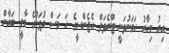
އިރު މިހާރު ހަމަނުވަނީ ޓްރެވަލް އެޖެންސީގެ ހަ މަސް ދުވަހުގެ މާލީ ބަޔާން